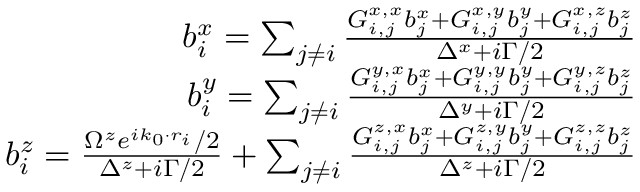
\begin{array} { r } { b _ { i } ^ { x } = \sum _ { j \neq i } \frac { G _ { i , j } ^ { x , x } b _ { j } ^ { x } + G _ { i , j } ^ { x , y } b _ { j } ^ { y } + G _ { i , j } ^ { x , z } b _ { j } ^ { z } } { \Delta ^ { x } + i \Gamma / 2 } } \\ { b _ { i } ^ { y } = \sum _ { j \neq i } \frac { G _ { i , j } ^ { y , x } b _ { j } ^ { x } + G _ { i , j } ^ { y , y } b _ { j } ^ { y } + G _ { i , j } ^ { y , z } b _ { j } ^ { z } } { \Delta ^ { y } + i \Gamma / 2 } } \\ { b _ { i } ^ { z } = \frac { \Omega ^ { z } e ^ { i k _ { 0 } \cdot r _ { i } } / 2 } { \Delta ^ { z } + i \Gamma / 2 } + \sum _ { j \neq i } \frac { G _ { i , j } ^ { z , x } b _ { j } ^ { x } + G _ { i , j } ^ { z , y } b _ { j } ^ { y } + G _ { i , j } ^ { z , z } b _ { j } ^ { z } } { \Delta ^ { z } + i \Gamma / 2 } } \end{array}